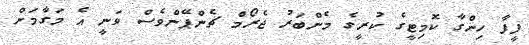
ފީފާ ހިންގާ ކޮމިޓީގެ ކުރީގެ މެންބަރު ޖެރޯމް ޗެންޕޭންވެސް ވަނީ އެ މަގާމަށް